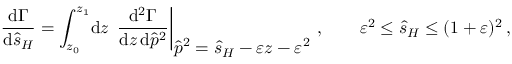
\frac { \mathrm { d } \Gamma } { \mathrm { d } \hat { s } _ { H } } = \int _ { z _ { 0 } } ^ { z _ { 1 } } \! \mathrm { d } z \, \left. \frac { \mathrm { d } ^ { 2 } \Gamma } { \mathrm { d } z \, \mathrm { d } \hat { p } ^ { 2 } } \right| _ { \displaystyle \hat { p } ^ { 2 } = \hat { s } _ { H } - \varepsilon z - \varepsilon ^ { 2 } } \, , \qquad \varepsilon ^ { 2 } \le \hat { s } _ { H } \le ( 1 + \varepsilon ) ^ { 2 } \, ,